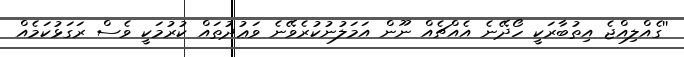
''ގެއްލިއްޖެ އިތުބާރަކީ ހޯދޭނެ އެއްޗެއް ނޫން އަމަލުނުކުރެވޭނެ ވަޢުދުތައް ކުރުމަކީ ވެސް ރަގަޅުކަމެއް